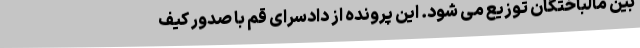
بین مالباختگان توزیع می شود. این پرونده از دادسرای قم با صدور کیف